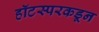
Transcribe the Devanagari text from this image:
हॉटस्परकडून